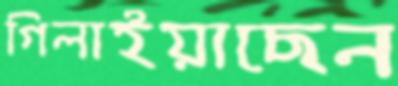
গিলাইয়াছেন